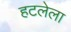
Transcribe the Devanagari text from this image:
हटलेला